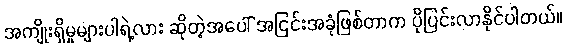
အကျိုးရှိမှုများပါရဲ့လား ဆိုတဲ့အပေါ် အငြင်းအခုံဖြစ်တာက ပိုပြင်းလာနိုင်ပါတယ်။